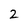
Character: 2